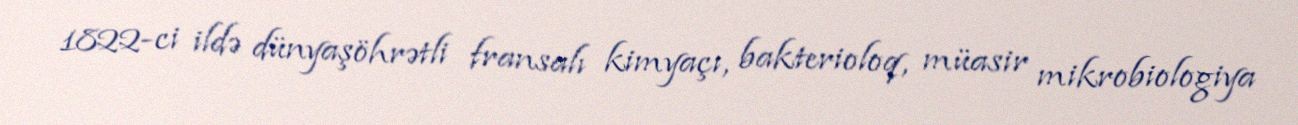
1822-ci ildə dünyaşöhrətli fransalı kimyaçı, bakterioloq, müasir mikrobiologiya